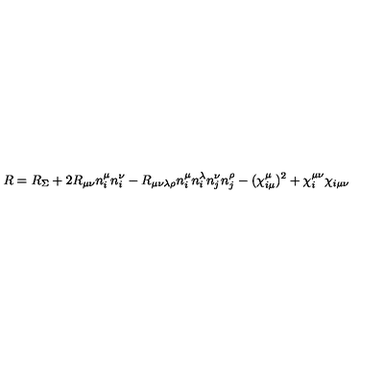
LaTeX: R = R _ { \Sigma } + 2 R _ { \mu \nu } n _ { i } ^ { \mu } n _ { i } ^ { \nu } - R _ { \mu \nu \lambda \rho } n _ { i } ^ { \mu } n _ { i } ^ { \lambda } n _ { j } ^ { \nu } n _ { j } ^ { \rho } - ( \chi _ { i \mu } ^ { \mu } ) ^ { 2 } + \chi _ { i } ^ { \mu \nu } \chi _ { i \mu \nu }